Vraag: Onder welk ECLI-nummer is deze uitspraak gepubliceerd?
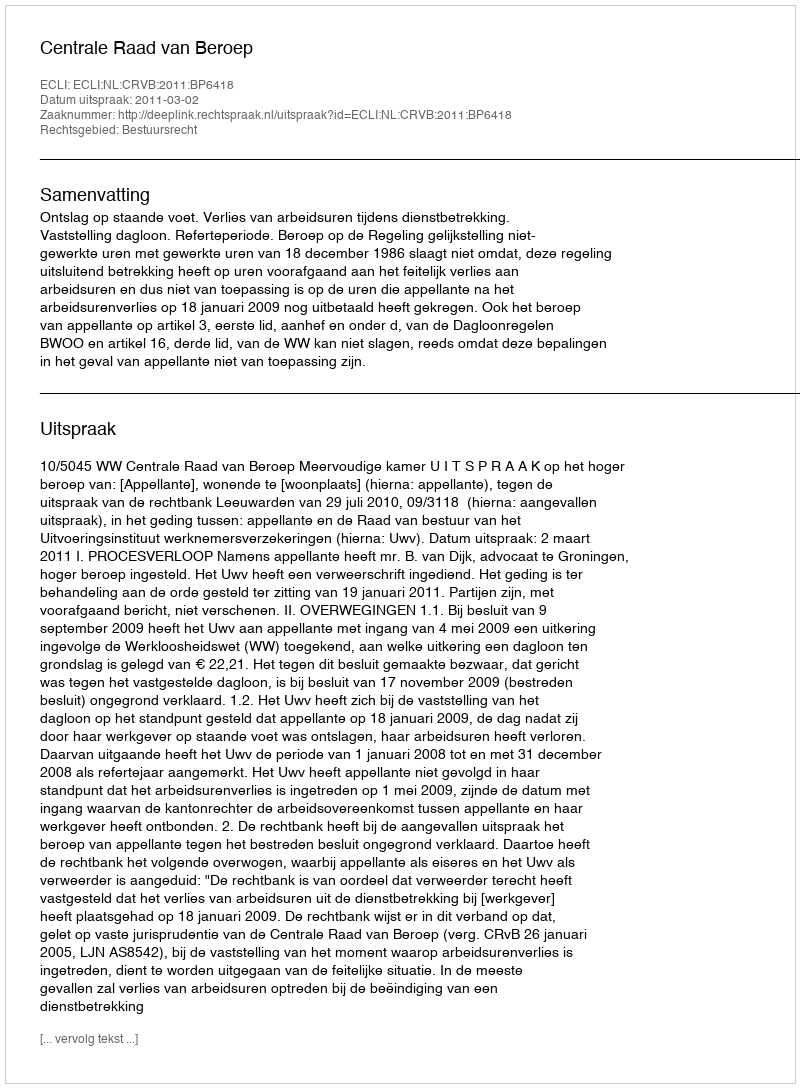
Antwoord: ECLI:NL:CRVB:2011:BP6418